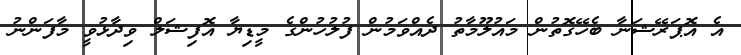
އެ އޮޕަރޭޝަނާ ބެހޭގޮތުން މައުލޫމާތު ދެއްވަމުން ފުލުހުންގެ މީޑިޔާ އޮފިޝަލް ވިދާޅުވީ މާފަންނު